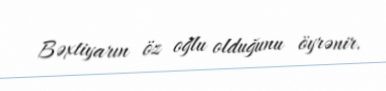
Bəxtiyarın öz oğlu olduğunu öyrənir.